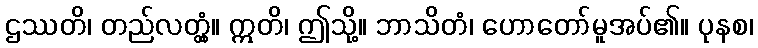
ဌဿတိ၊ တည်လတ္တံ့။ ဣတိ၊ ဤသို့။ ဘာသိတံ၊ ဟောတော်မူအပ်၏။ ပုနစ၊